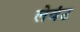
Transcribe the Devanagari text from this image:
लेवंट